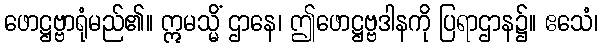
ဖောဋ္ဌဗ္ဗာရုံမည်၏။ ဣမသ္မိံ ဌာနေ၊ ဤဖောဋ္ဌဗ္ဗဒါနကို ပြရာဌာန၌။ ဧသေံ၊